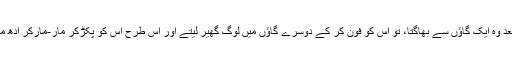
اس کے بعد وہ ایک گاؤں سے بھاگتا، تو اس کو فون کر کے دوسرے گاؤں میں لوگ گھیر لیتے اور اس طرح اس کو پکڑ‌کر مار-مار‌کر ادھ مرا کر دیا۔